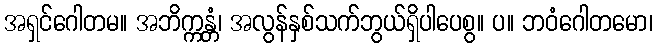
အရှင်ဂေါတမ။ အဘိက္ကန္တံ၊ အလွန်နှစ်သက်ဘွယ်ရှိပါပေစွ။ ပ။ ဘဝံဂေါတမော၊